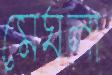
মেঘলা